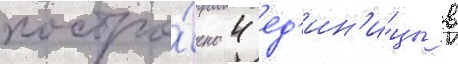
постро́ено 4 ед'ин'и́цы в